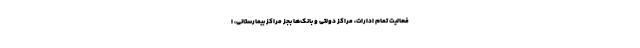
فعالیت تمام ادارات، مراکز دولتی و بانک‌ها بجز مراکز بیمارستانی، ا